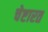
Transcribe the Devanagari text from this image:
चेष्टारत